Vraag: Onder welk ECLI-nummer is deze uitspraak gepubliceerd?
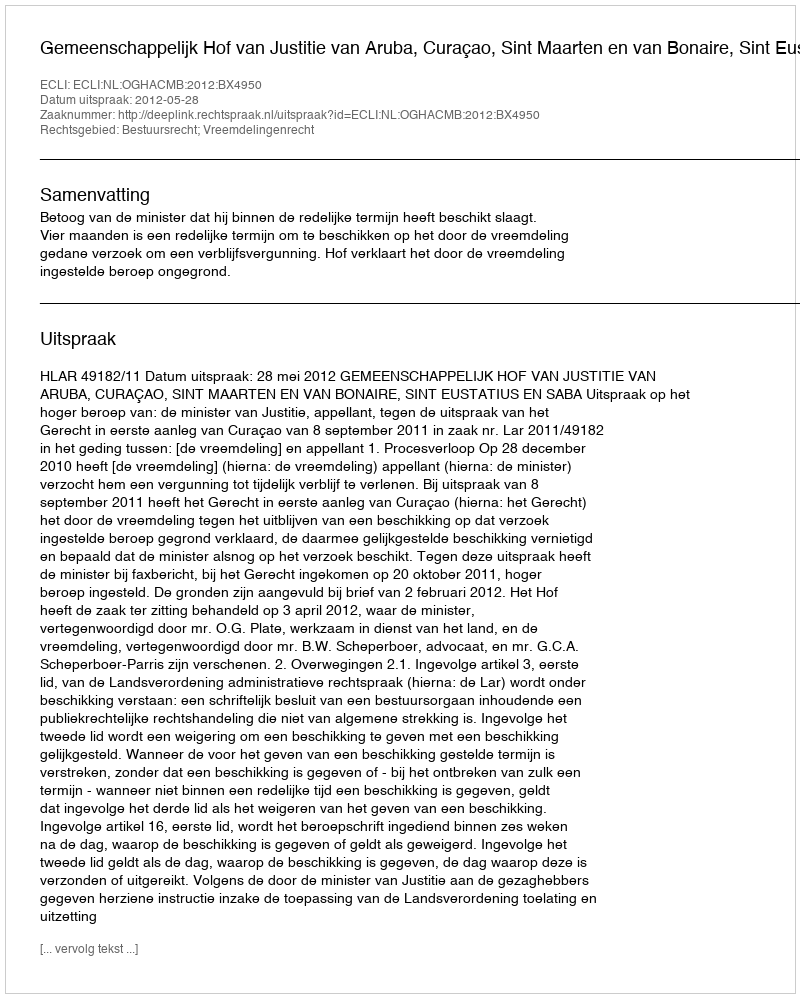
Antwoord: ECLI:NL:OGHACMB:2012:BX4950